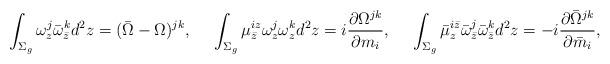
LaTeX: \begin{align*}\int_{\Sigma_g}\omega^j_z\bar\omega^k_{\bar z}d^2z=(\bar\Omega-\Omega)^{jk},\quad\,\,\int_{\Sigma_g}\mu^{i z}_{\bar z}\omega^j_{z}\omega^k_{z}d^2z=i{\partial \Omega^{jk}\over\partial m_i},\quad\,\,\int_{\Sigma_g}\bar\mu^{i\bar z}_z\bar\omega^j_{\bar z}\bar\omega^k_{\bar z}d^2z=-i{\partial\bar\Omega^{jk}\over\partial\bar m_i},\end{align*}